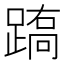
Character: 𨃧